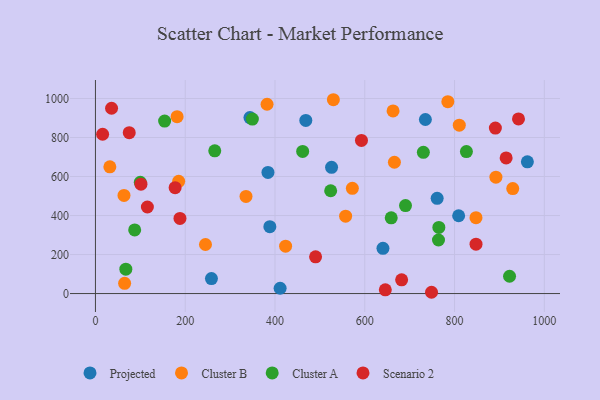
{"axis": {"x": "Experience", "y": "Rating"}, "legend": ["Cluster A", "Cluster B", "Projected", "Scenario 2"], "data": [{"x": "809.1", "y": 398.8, "type": "Projected"}, {"x": "761.2", "y": 488.0, "type": "Projected"}, {"x": "526.0", "y": 647.1, "type": "Projected"}, {"x": "962.2", "y": 675.3, "type": "Projected"}, {"x": "735.0", "y": 892.3, "type": "Projected"}, {"x": "640.5", "y": 232.0, "type": "Projected"}, {"x": "411.4", "y": 27.2, "type": "Projected"}, {"x": "344.2", "y": 902.2, "type": "Projected"}, {"x": "388.5", "y": 342.7, "type": "Projected"}, {"x": "384.3", "y": 621.2, "type": "Projected"}, {"x": "468.6", "y": 887.7, "type": "Projected"}, {"x": "258.4", "y": 76.6, "type": "Projected"}, {"x": "666.0", "y": 673.2, "type": "Cluster B"}, {"x": "181.9", "y": 906.6, "type": "Cluster B"}, {"x": "785.0", "y": 983.6, "type": "Cluster B"}, {"x": "65.0", "y": 52.7, "type": "Cluster B"}, {"x": "245.1", "y": 251.5, "type": "Cluster B"}, {"x": "557.3", "y": 396.8, "type": "Cluster B"}, {"x": "572.3", "y": 539.6, "type": "Cluster B"}, {"x": "32.1", "y": 649.9, "type": "Cluster B"}, {"x": "847.7", "y": 389.1, "type": "Cluster B"}, {"x": "929.6", "y": 538.3, "type": "Cluster B"}, {"x": "663.0", "y": 936.2, "type": "Cluster B"}, {"x": "335.4", "y": 497.8, "type": "Cluster B"}, {"x": "810.5", "y": 863.3, "type": "Cluster B"}, {"x": "382.3", "y": 970.5, "type": "Cluster B"}, {"x": "185.4", "y": 575.3, "type": "Cluster B"}, {"x": "892.1", "y": 596.5, "type": "Cluster B"}, {"x": "423.6", "y": 243.1, "type": "Cluster B"}, {"x": "530.0", "y": 993.6, "type": "Cluster B"}, {"x": "63.6", "y": 503.2, "type": "Cluster B"}, {"x": "99.9", "y": 570.0, "type": "Cluster A"}, {"x": "922.5", "y": 88.8, "type": "Cluster A"}, {"x": "690.7", "y": 451.0, "type": "Cluster A"}, {"x": "67.7", "y": 125.2, "type": "Cluster A"}, {"x": "764.2", "y": 274.5, "type": "Cluster A"}, {"x": "87.4", "y": 326.3, "type": "Cluster A"}, {"x": "349.6", "y": 894.5, "type": "Cluster A"}, {"x": "658.9", "y": 388.4, "type": "Cluster A"}, {"x": "730.5", "y": 723.8, "type": "Cluster A"}, {"x": "154.1", "y": 884.0, "type": "Cluster A"}, {"x": "524.0", "y": 526.9, "type": "Cluster A"}, {"x": "461.6", "y": 728.8, "type": "Cluster A"}, {"x": "826.4", "y": 727.6, "type": "Cluster A"}, {"x": "765.0", "y": 339.1, "type": "Cluster A"}, {"x": "265.8", "y": 731.6, "type": "Cluster A"}, {"x": "890.9", "y": 848.3, "type": "Scenario 2"}, {"x": "942.4", "y": 895.0, "type": "Scenario 2"}, {"x": "645.7", "y": 19.4, "type": "Scenario 2"}, {"x": "101.4", "y": 560.9, "type": "Scenario 2"}, {"x": "748.7", "y": 6.6, "type": "Scenario 2"}, {"x": "847.8", "y": 253.1, "type": "Scenario 2"}, {"x": "592.6", "y": 785.2, "type": "Scenario 2"}, {"x": "490.4", "y": 188.2, "type": "Scenario 2"}, {"x": "177.5", "y": 543.0, "type": "Scenario 2"}, {"x": "115.7", "y": 443.6, "type": "Scenario 2"}, {"x": "188.3", "y": 385.0, "type": "Scenario 2"}, {"x": "75.3", "y": 824.5, "type": "Scenario 2"}, {"x": "914.9", "y": 695.3, "type": "Scenario 2"}, {"x": "682.1", "y": 70.6, "type": "Scenario 2"}, {"x": "35.9", "y": 950.0, "type": "Scenario 2"}, {"x": "16.0", "y": 816.5, "type": "Scenario 2"}]}